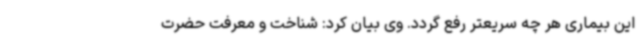
این بیماری هر چه سریعتر رفع گردد. وی بیان کرد: شناخت و معرفت حضرت